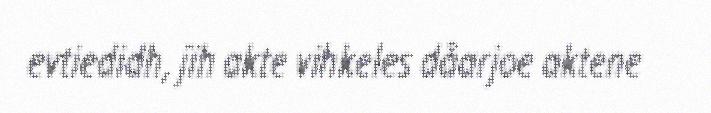
evtiedidh, jïh akte vihkeles dåarjoe aktene